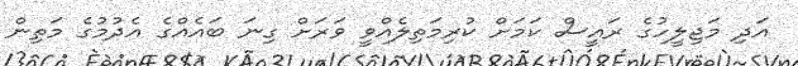
އަދި މަޖިލީހުގެ ރައީސް ކަމަށް ކުރިމަތިލެއްވީ ވަރަށް ގިނަ ބައެއްގެ އެދުމުގެ މަތިން